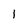
Character: l